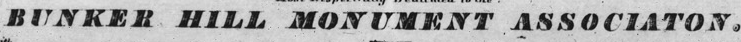
BUNKER HILL MONUMENT ASSOCIATON.